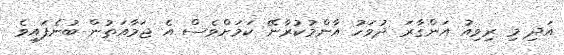
އަދި މި ރިވިއު އަންގާރަ ދުވަހު އާންމުކުރާނޭ ކަމަށްވެސް އެ ޖަމާއަތުން ބުނެފައިވެ